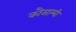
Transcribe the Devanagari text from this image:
कौसाम्बी